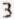
3